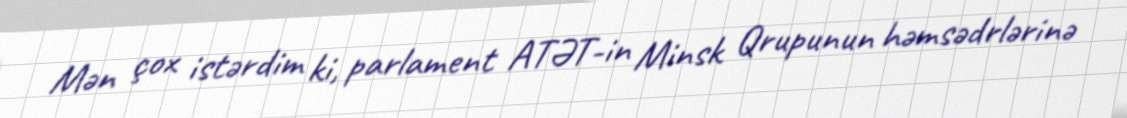
Mən çox istərdim ki, parlament ATƏT-in Minsk Qrupunun həmsədrlərinə